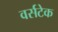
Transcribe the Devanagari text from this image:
वर्सटेक